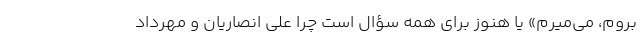
بروم، می‌میرم» یا هنوز برای همه سؤال است چرا علی انصاریان و مهرداد